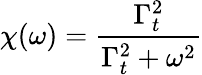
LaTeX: \chi(\omega)=\frac{\Gamma_{t}^{2}}{\Gamma_{t}^{2}+\omega^{2}}